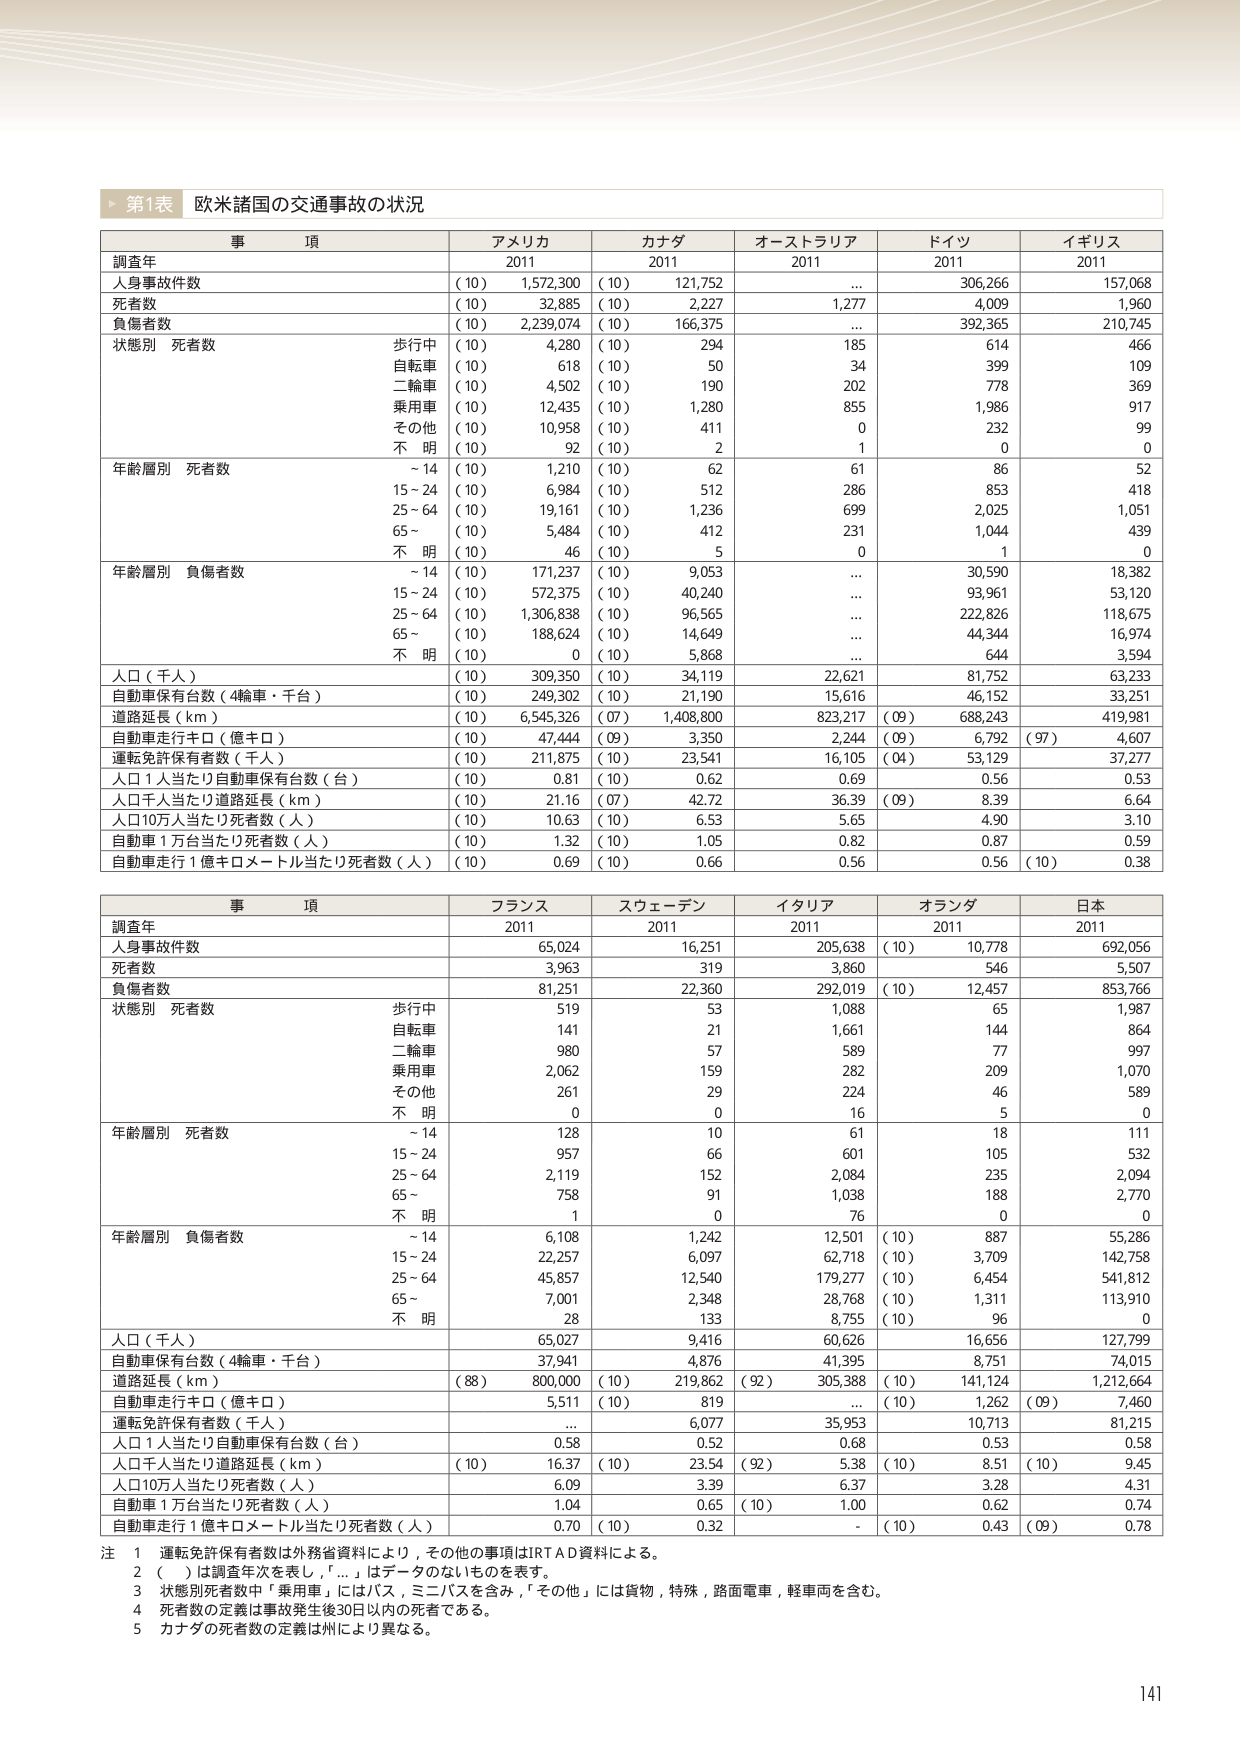
第1表 欧米諸国の交通事故の状況

事項 アメリカ カナダ オーストラリア ドイツ イギリス
調査年 2011 2011 2011 2011 2011
人身事故件数 (10) 1,572,300 (10) 121,752... 306,266 157,068
死者数 (10) 32,885 (10) 2,227 1,277 4,009 1,960
負傷者数 (10) 2,239,074 (10) 166,375... 392,365 210,745
状態別 死者数
歩行中 (10) 4,280 (10) 294 185 614 466
自転車 (10) 618 (10) 50 34 399 109
二輪車 (10) 4,502 (10) 190 202 778 369
乗用車 (10) 12,435 (10) 1,280 855 1,986 917
その他 (10) 10,958 (10) 411 0 232 99
不 明 (10) 92 (10) 2 1 0 0
年齢層別 死者数
~14 (10) 1,210 (10) 62 61 86 52
15~24 (10) 6,984 (10) 512 286 853 418
25~64 (10) 19,161 (10) 1,236 699 2,025 1,051
65~ (10) 5,484 (10) 412 231 1,044 439
不 明 (10) 46 (10) 5 0 1 0
年齢層別 負傷者数
~14 (10) 171,237 (10) 9,053... 30,590 18,382
15~24 (10) 572,375 (10) 40,240... 93,961 53,120
25~64 (10) 1,306,838 (10) 96,565... 222,826 118,675
65~ (10) 188,624 (10) 14,649... 44,344 16,974
不 明 (10) 0 (10) 5,868... 644 3,594
人口（千人） (10) 309,350 (10) 34,119 22,621 81,752 63,233
自動車保有台数（4輪車・千台） (10) 249,302 (10) 21,190 15,616 46,152 33,251
道路延長（km） (10) 6,545,326 (07) 1,408,800 823,217 (09) 688,243 419,981
自動車走行キロ（億キロ） (10) 47,444 (09) 3,350 2,244 (09) 6,792 (97) 4,607
運転免許保有者数（千人） (10) 211,875 (10) 23,541 16,105 (04) 53,129 37,277
人口1人当たり自動車保有台数（台） (10) 0.81 (10) 0.62 0.69 0.56 0.53
人口千人当たり道路延長（km） (10) 21.16 (07) 42.72 36.39 (09) 8.39 6.64
人口10万人当たり死者数（人） (10) 10.63 (10) 6.53 5.65 4.90 3.10
自動車1万台当たり死者数（人） (10) 1.32 (10) 1.05 0.82 0.87 0.59
自動車走行1億キロメートル当たり死者数（人） (10) 0.69 (10) 0.66 0.56 0.56 (10) 0.38

事項 フランス スウェーデン イタリア オランダ 日本
調査年 2011 2011 2011 2011 2011
人身事故件数 65,024 16,251 205,638 (10) 10,778 692,056
死者数 3,963 319 3,860 546 5,507
負傷者数 81,251 22,360 292,019 (10) 12,457 853,766
状態別 死者数
歩行中 519 53 1,088 65 1,987
自転車 141 21 1,661 144 864
二輪車 980 57 589 77 997
乗用車 2,062 159 282 209 1,070
その他 261 29 224 46 589
不 明 0 0 16 5 0
年齢層別 死者数
~14 128 10 61 18 111
15~24 957 66 601 105 532
25~64 2,119 152 2,084 235 2,094
65~ 758 91 1,038 188 2,770
不 明 1 0 76 0 0
年齢層別 負傷者数
~14 6,108 1,242 12,501 (10) 887 55,286
15~24 22,257 6,097 62,718 (10) 3,709 142,758
25~64 45,857 12,540 179,277 (10) 6,454 541,812
65~ 7,001 2,348 28,768 (10) 1,311 113,910
不 明 28 133 8,755 (10) 96 0
人口（千人） 65,027 9,416 60,626 16,656 127,799
自動車保有台数（4輪車・千台） 37,941 4,876 41,395 8,751 74,015
道路延長（km） (88) 800,000 (10) 219,862 (92) 305,388 (10) 141,124 1,212,664
自動車走行キロ（億キロ） 5,511 (10) 819... (10) 1,262 (09) 7,460
運転免許保有者数（千人）... 6,077 35,953 10,713 81,215
人口1人当たり自動車保有台数（台） 0.58 0.52 0.68 0.53 0.58
人口千人当たり道路延長（km） (10) 16.37 (10) 23.54 (92) 5.38 (10) 8.51 (10) 9.45
人口10万人当たり死者数（人） 6.09 3.39 6.37 3.28 4.31
自動車1万台当たり死者数（人） 1.04 0.65 (10) 1.00 0.62 0.74
自動車走行1億キロメートル当たり死者数（人） 0.70 (10) 0.32 - (10) 0.43 (09) 0.78

注 1 運転免許保有者数は外務省資料により，その他の事項はIRTAD資料による。
2 （ ）は調査年次を表し，「...」はデータのないものを表す。
3 状態別死者数中「乗用車」にはバス，ミニバスを含み，「その他」には貨物，特殊，路面電車，軽車両を含む。
4 死者数の定義は事故発生後30日以内の死者である。
5 カナダの死者数の定義は州により異なる。

141